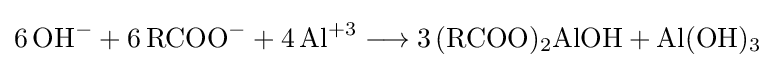
{6\,\mathrm {OH} {\vphantom {A}}^{-}{}+{}6\,\mathrm {RCOO} {\vphantom {A}}^{-}{}+{}4\,\mathrm {Al} {\vphantom {A}}^{+3}{}\mathrel {\longrightarrow } {}3\,(\mathrm {RCOO} ){\vphantom {A}}_{\smash[{t}]{2}}\mathrm {AlOH} {}+{}\mathrm {Al} (\mathrm {OH} ){\vphantom {A}}_{\smash[{t}]{3}}}